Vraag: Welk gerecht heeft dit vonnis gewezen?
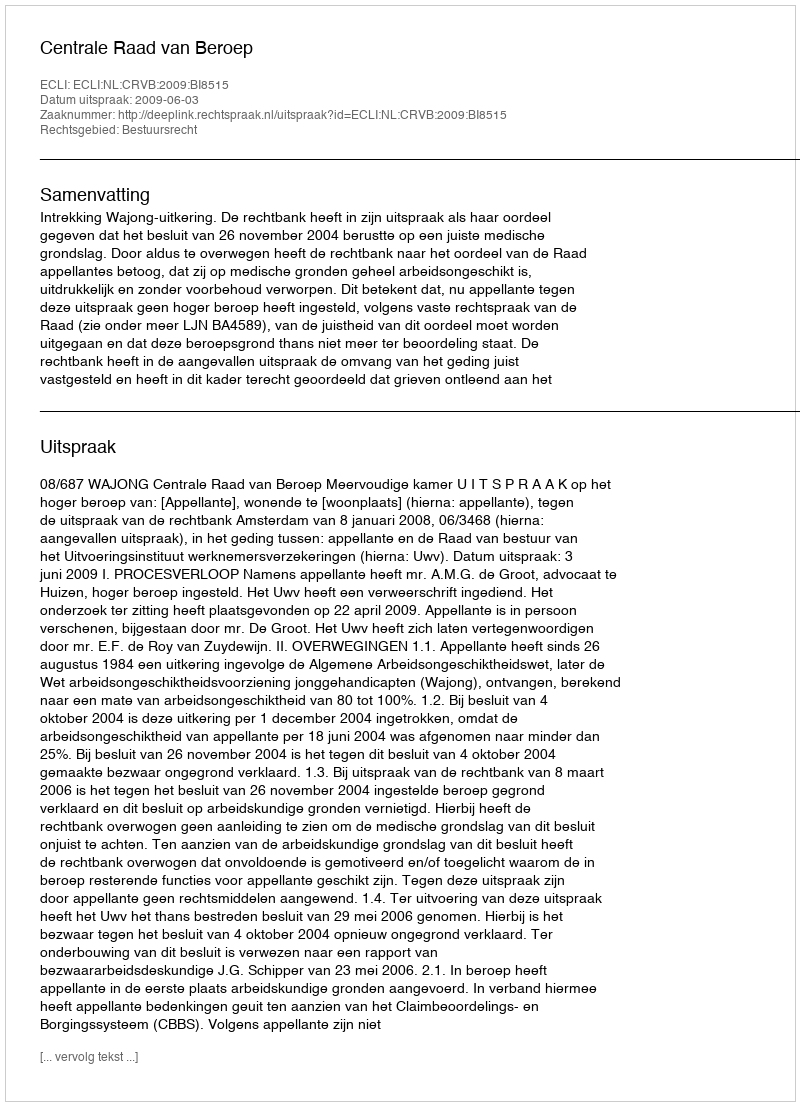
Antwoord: Centrale Raad van Beroep